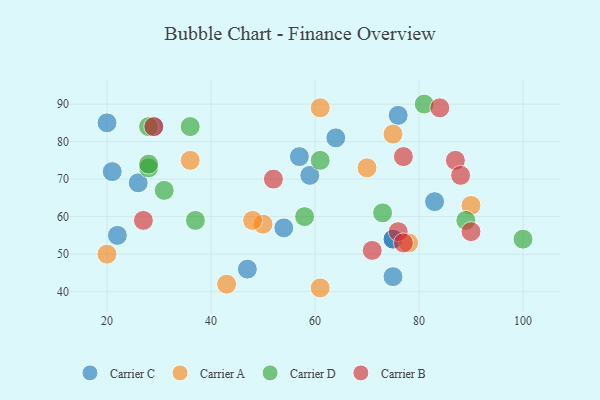
{"axis": {"x": "GDP", "y": "Life Expectancy"}, "legend": ["Carrier A", "Carrier B", "Carrier C", "Carrier D"], "data": [{"x": "76", "y": 87, "type": "Carrier C"}, {"x": "29", "y": 84, "type": "Carrier C"}, {"x": "54", "y": 57, "type": "Carrier C"}, {"x": "59", "y": 71, "type": "Carrier C"}, {"x": "83", "y": 64, "type": "Carrier C"}, {"x": "75", "y": 54, "type": "Carrier C"}, {"x": "57", "y": 76, "type": "Carrier C"}, {"x": "75", "y": 44, "type": "Carrier C"}, {"x": "22", "y": 55, "type": "Carrier C"}, {"x": "21", "y": 72, "type": "Carrier C"}, {"x": "64", "y": 81, "type": "Carrier C"}, {"x": "47", "y": 46, "type": "Carrier C"}, {"x": "26", "y": 69, "type": "Carrier C"}, {"x": "20", "y": 85, "type": "Carrier C"}, {"x": "75", "y": 54, "type": "Carrier C"}, {"x": "75", "y": 82, "type": "Carrier A"}, {"x": "61", "y": 41, "type": "Carrier A"}, {"x": "20", "y": 50, "type": "Carrier A"}, {"x": "70", "y": 73, "type": "Carrier A"}, {"x": "50", "y": 58, "type": "Carrier A"}, {"x": "78", "y": 53, "type": "Carrier A"}, {"x": "90", "y": 63, "type": "Carrier A"}, {"x": "36", "y": 75, "type": "Carrier A"}, {"x": "43", "y": 42, "type": "Carrier A"}, {"x": "61", "y": 89, "type": "Carrier A"}, {"x": "48", "y": 59, "type": "Carrier A"}, {"x": "37", "y": 59, "type": "Carrier D"}, {"x": "89", "y": 59, "type": "Carrier D"}, {"x": "36", "y": 84, "type": "Carrier D"}, {"x": "81", "y": 90, "type": "Carrier D"}, {"x": "58", "y": 60, "type": "Carrier D"}, {"x": "28", "y": 73, "type": "Carrier D"}, {"x": "61", "y": 75, "type": "Carrier D"}, {"x": "100", "y": 54, "type": "Carrier D"}, {"x": "31", "y": 67, "type": "Carrier D"}, {"x": "28", "y": 74, "type": "Carrier D"}, {"x": "28", "y": 84, "type": "Carrier D"}, {"x": "73", "y": 61, "type": "Carrier D"}, {"x": "84", "y": 89, "type": "Carrier B"}, {"x": "52", "y": 70, "type": "Carrier B"}, {"x": "90", "y": 56, "type": "Carrier B"}, {"x": "87", "y": 75, "type": "Carrier B"}, {"x": "29", "y": 84, "type": "Carrier B"}, {"x": "76", "y": 56, "type": "Carrier B"}, {"x": "88", "y": 71, "type": "Carrier B"}, {"x": "27", "y": 59, "type": "Carrier B"}, {"x": "71", "y": 51, "type": "Carrier B"}, {"x": "77", "y": 53, "type": "Carrier B"}, {"x": "77", "y": 76, "type": "Carrier B"}]}